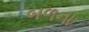
બળના